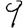
Digit: 9